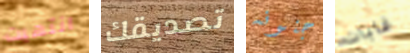
انتهيت تصديقك جنونه غابات